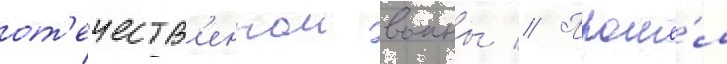
от'ечеств'еннои воины // Прошё́л